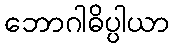
ဘောဂါဓိပ္ပါယာ